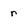
Character: r